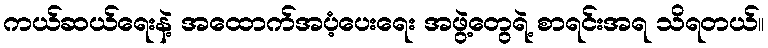
ကယ်ဆယ်ရေးနဲ့ အထောက်အပံ့ပေးရေး အဖွဲ့တွေရဲ့ စာရင်းအရ သိရတယ်။